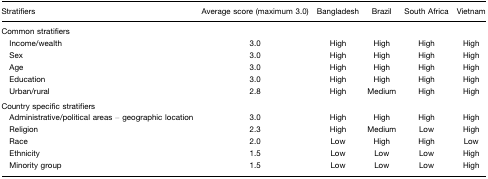
<table><thead><tr><td><b>Stratifiers</b></td><td><b>Average score (maximum 3.0)</b></td><td><b>Bangladesh</b></td><td><b>Brazil</b></td><td><b>South Africa</b></td><td><b>Vietnam</b></td></tr></thead><tbody><tr><td>Common stratifiers</td><td></td><td></td><td></td><td></td><td></td></tr><tr><td> Income/wealth</td><td>3.0</td><td>High</td><td>High</td><td>High</td><td>High</td></tr><tr><td> Sex</td><td>3.0</td><td>High</td><td>High</td><td>High</td><td>High</td></tr><tr><td> Age</td><td>3.0</td><td>High</td><td>High</td><td>High</td><td>High</td></tr><tr><td> Education</td><td>3.0</td><td>High</td><td>High</td><td>High</td><td>High</td></tr><tr><td> Urban/rural</td><td>2.8</td><td>High</td><td>Medium</td><td>High</td><td>High</td></tr><tr><td>Country specific stratifiers</td><td></td><td></td><td></td><td></td><td></td></tr><tr><td> Administrative/political areas – geographic location</td><td>3.0</td><td>High</td><td>High</td><td>High</td><td>High</td></tr><tr><td> Religion</td><td>2.3</td><td>High</td><td>Medium</td><td>Low</td><td>High</td></tr><tr><td> Race</td><td>2.0</td><td>Low</td><td>High</td><td>High</td><td>Low</td></tr><tr><td> Ethnicity</td><td>1.5</td><td>Low</td><td>Low</td><td>Low</td><td>High</td></tr><tr><td> Minority group</td><td>1.5</td><td>Low</td><td>Low</td><td>Low</td><td>High</td></tr></tbody></table>